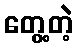
တွေ့တဲ့